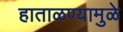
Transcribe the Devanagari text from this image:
हाताळण्यामुळे